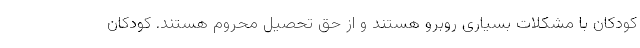
کودکان با مشکلات بسیاری روبرو هستند و از حق تحصیل محروم هستند. کودکان